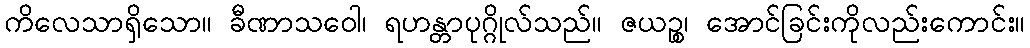
ကိလေသာရှိသော။ ခီဏာသဝေါ၊ ရဟန္တာပုဂ္ဂိုလ်သည်။ ဇယဉ္စ၊ အောင်ခြင်းကိုလည်းကောင်း။